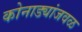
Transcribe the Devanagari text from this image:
कोनाड्यांजवळ